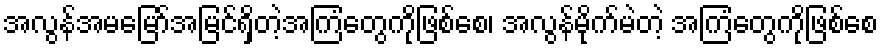
အလွန်အမမြော်အမြင်ရှိတဲ့အကြံတွေကိုဖြစ်စေ၊ အလွန်မိုက်မဲတဲ့ အကြံတွေကိုဖြစ်စေ